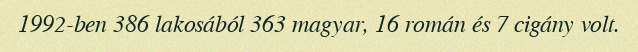
1992-ben 386 lakosából 363 magyar, 16 román és 7 cigány volt.